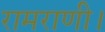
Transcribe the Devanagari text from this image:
रामराणी।